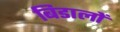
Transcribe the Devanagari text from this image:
बिडालों